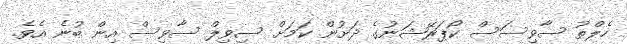
ހެލްތު ސާވިސަސް ކޯޕަރޭޝަނުގެ ދަށުން ކަމަށް ސިވިލް ސާވިސް އިން ބުނެ އެވެ.